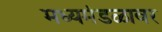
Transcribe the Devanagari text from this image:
मध्यमंडळावर